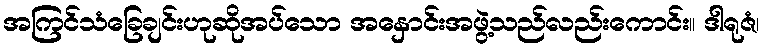
အကြင်သံခြေချင်းဟုဆိုအပ်သော အနှောင်းအဖွဲ့သည်လည်းကောင်း။ ဒါရုဇံ၊